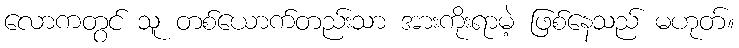
လောကတွင် သူ တစ်ယောက်တည်းသာ အားကိုးရာမဲ့ ဖြစ်နေသည် မဟုတ်။